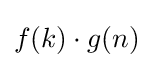
f(k)\cdot g(n)